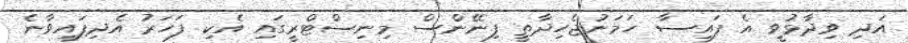
އަދި ވިދާޅުވީ އެ ފައިސާ ހަމަނުޖެހިދާތީ ފިނޭންސް މިނިސްޓްރީގައި އެކި ފަހަރު އެދިފައިވާނެ